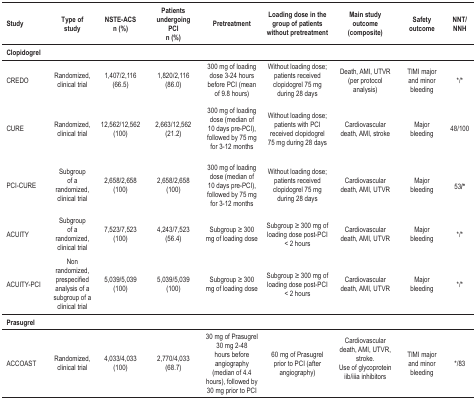
<table><thead><tr><td><b>Study</b></td><td><b>Type of study</b></td><td><b>NSTE-ACS n (%)</b></td><td><b>Patients undergoing PCI n (%)</b></td><td><b>Pretreatment</b></td><td><b>Loading dose in the group of patientswithout pretreatment</b></td><td><b>Main study outcome (composite)</b></td><td><b>Safety outcome</b></td><td><b>NNT/ NNH</b></td></tr><tr><td><b>Clopidogrel</b></td><td><b> </b></td><td><b> </b></td><td><b> </b></td><td><b> </b></td><td><b> </b></td><td><b> </b></td><td><b> </b></td><td><b> </b></td></tr></thead><tbody><tr><td>CREDO</td><td>Randomized, clinical trial</td><td>1,407/2,116 (66.5)</td><td>1,820/2,116 (86.0)</td><td>300 mg of loading dose 3-24 hours before PCI(mean of 9.8 hours)</td><td>Without loading dose; patients receivedclopidogrel 75 mg during 28 days</td><td>Death, AMI, UTVR (per protocol analysis)</td><td>TIMI major and minor bleeding</td><td>*/*</td></tr><tr><td>CURE</td><td>Randomized, clinical trial</td><td>12,562/12,562 (100)</td><td>2,663/12,562 (21.2)</td><td>300 mg of loading dose (median of 10 dayspre-PCI), followed by 75 mg for 3-12 months</td><td>Without loading dose; patients with PCI receivedclopidogrel 75 mg during 28 days</td><td>Cardiovascular death, AMI, stroke</td><td>Major bleeding</td><td>48/100</td></tr><tr><td>PCI-CURE</td><td>Subgroup of a randomized, clinical trial</td><td>2,658/2,658 (100)</td><td>2,658/2,658 (100)</td><td>300 mg of loading dose (median of 10 dayspre-PCI), followed by 75 mg for 3-12 months</td><td>Without loading dose; patients receivedclopidogrel 75 mg during 28 days</td><td>Cardiovascular death, AMI, UTVR</td><td>Major bleeding</td><td>53/*</td></tr><tr><td>ACUITY</td><td>Subgroup of a randomized, clinical trial</td><td>7,523/7,523 (100)</td><td>4,243/7,523 (56.4)</td><td>Subgroup ≥ 300 mg of loading dose</td><td>Subgroup ≥ 300 mg of loading dose post-PCI&lt; 2 hours</td><td>Cardiovascular death, AMI, UTVR</td><td>Major bleeding</td><td>*/*</td></tr><tr><td>ACUITY-PCI</td><td>Non randomized, prespecified analysis of asubgroup of a clinical trial</td><td>5,039/5,039 (100)</td><td>5,039/5,039 (100)</td><td>Subgroup ≥ 300 mg of loading dose</td><td>Subgroup ≥ 300 mg of loading dose post-PCI&lt; 2 hours</td><td>Cardiovascular death, AMI, UTVR</td><td>Major bleeding</td><td>*/*</td></tr><tr><td><b>Prasugrel</b></td><td> </td><td> </td><td> </td><td> </td><td> </td><td> </td><td> </td><td> </td></tr><tr><td>ACCOAST</td><td>Randomized, clinical trial</td><td>4,033/4,033 (100)</td><td>2,770/4,033 (68.7)</td><td>30 mg of Prasugrel 30 mg 2-48 hours beforeangiography (median of 4.4 hours), followed by 30 mg prior toPCI</td><td>60 mg of Prasugrel prior to PCI (afterangiography)</td><td>Cardiovascular death, AMI, UTVR, stroke. Use ofglycoprotein iib/iiia inhibitors</td><td>TIMI major and minor bleeding</td><td>*/83</td></tr></tbody></table>